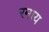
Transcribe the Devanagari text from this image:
रमाय